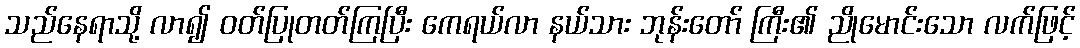
သည်နေရာသို့ လာ၍ ဝတ်ပြုတတ်ကြပြီး ကေရယ်လာ နယ်သား ဘုန်းတော် ကြီး၏ ညိုမောင်းသော လက်ဖြင့်